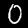
Digit: 0